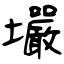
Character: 壧